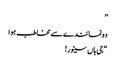
”
وہ نمائندے سے مخاطب ہوا
“جی ہاں سینور!